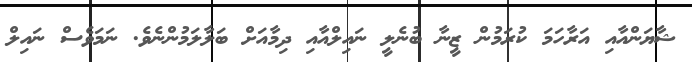
ޝާޔަންއާއި އަރާހަމަ ކުރަމުން ޒީނާ ބުނެލީ ނައިލްއާއި ދިމާއަށް ބަލާލަމުންނެވެ. ނަމަވެސް ނައިލް